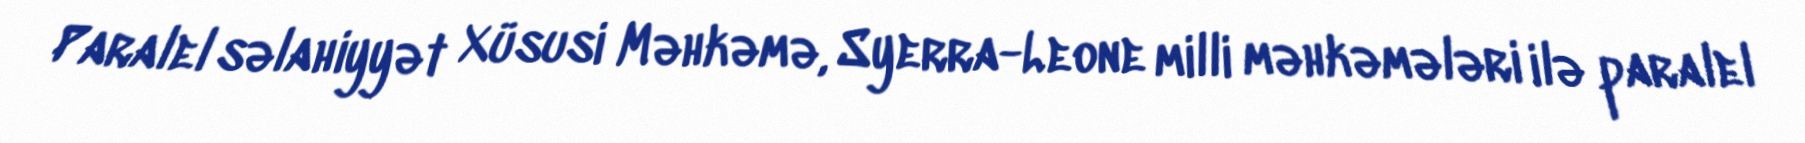
Paralel səlahiyyət Xüsusi Məhkəmə, Syerra-Leone milli məhkəmələri ilə paralel